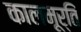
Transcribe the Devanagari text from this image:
कालमूर्तिं